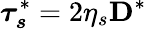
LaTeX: \boldsymbol{\tau_{s}}^{*}=2\eta_{s}\textbf{D}^{*}